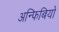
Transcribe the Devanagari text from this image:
अन्फिबियो